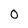
Character: o